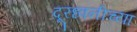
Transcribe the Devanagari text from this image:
दूरध्वनीच्या